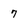
Character: 7